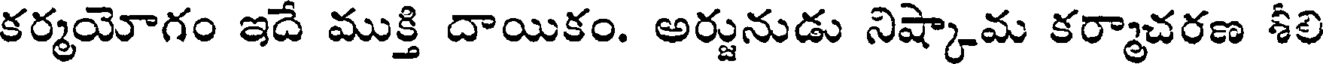
కర్మయోగం ఇదే ముక్తి దాయికం. అర్జునుడు నిష్కామ కర్మాచరణ శీలి